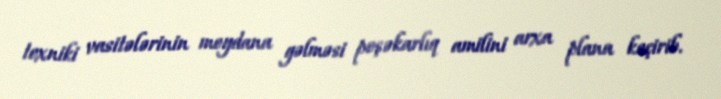
texniki vasitələrinin meydana gəlməsi peşəkarlıq amilini arxa plana keçirib.